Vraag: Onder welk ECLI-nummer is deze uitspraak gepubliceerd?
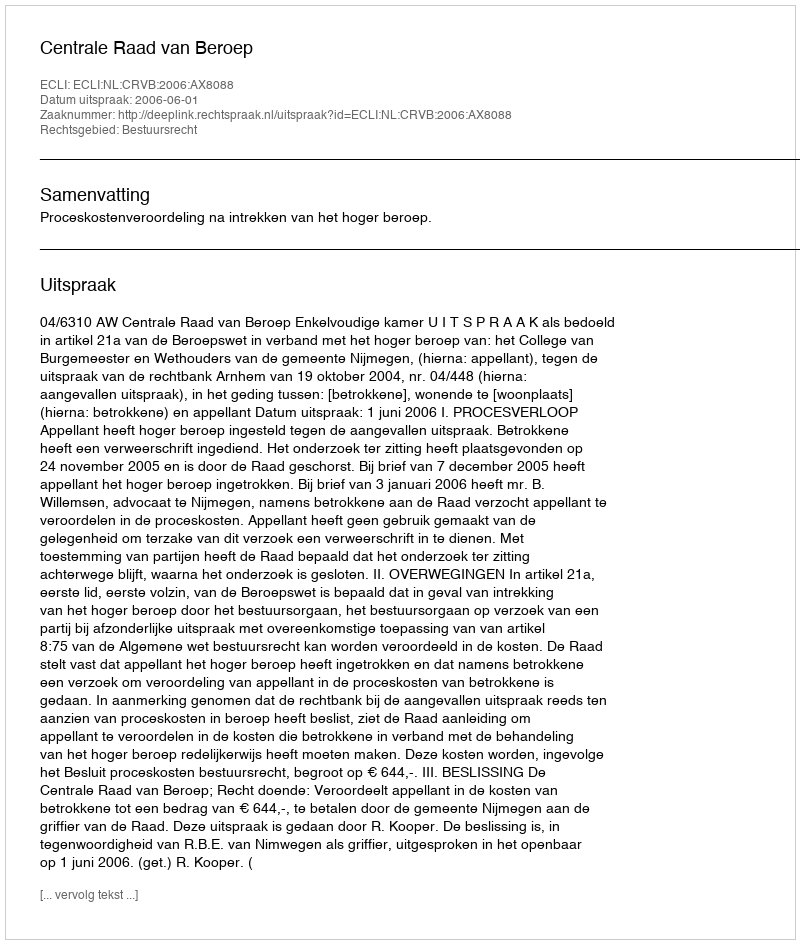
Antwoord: ECLI:NL:CRVB:2006:AX8088